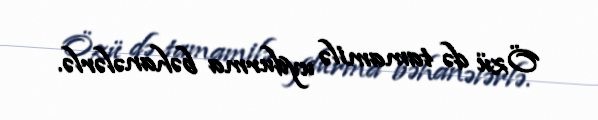
Özü də tamamilə uydurma bəhanələrlə.